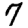
Digit: 7